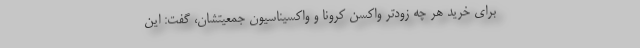
برای خرید هر چه زودتر واکسن کرونا و واکسیناسیون جمعیتشان، گفت: این